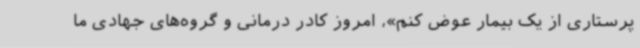
پرستاری از یک بیمار عوض کنم»، امروز کادر درمانی و گروه‌های جهادی ما